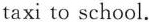
taxi to school.